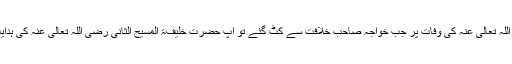
خلیفہ اوّل رضی اللہ تعالیٰ عنہ کی وفات پر جب خواجہ صاحب خلافت سے کٹ گئے تو آپ حضرت خلیفۃ المسیح الثانی رضی اللہ تعالیٰ عنہ کی ہدایت پر لندن آگئے۔